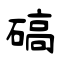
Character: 碻